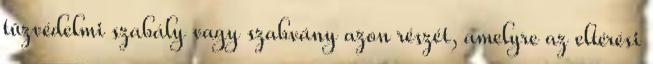
tûzvédelmi szabály vagy szabvány azon részét, amelyre az eltérési